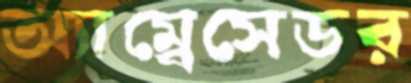
অ্যাম্বেসেডর